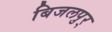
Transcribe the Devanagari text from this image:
बिजलपुर्